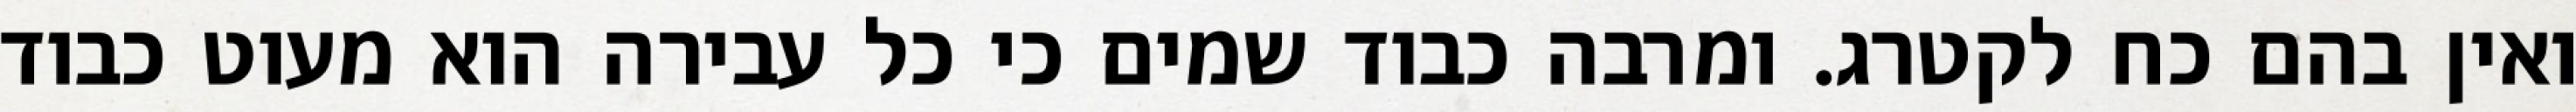
ואין בהם כח לקטרג. ומרבה כבוד שמים כי כל עבירה הוא מעוט כבוד